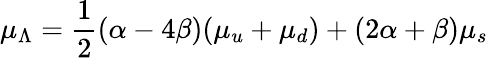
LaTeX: {\mu}_{\Lambda}={\frac{1}{2}}(\alpha-4\beta)({\mu}_{u}+{\mu}_{d})+(2\alpha+\beta){\mu}_{s}